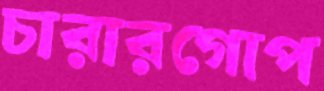
চারারগোপ